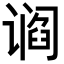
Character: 𬤛